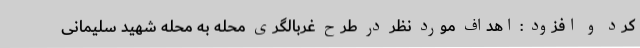
کرد و افزود : اهداف مورد نظر در طرح غربالگری محله به محله شهید سلیمانی